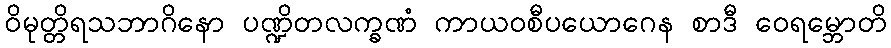
ဝိမုတ္တိရသဘာဂိနော ပဏ္ဍိတလက္ခဏံ ကာယဝစီပယောဂေန စာဒီ ဝေရမ္ဘောတိ